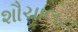
શૌચાલય